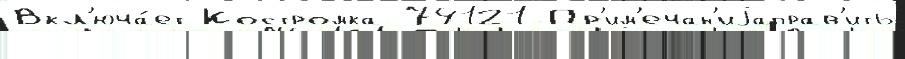
Вкл'юча́ет Костромка 74121 Пр'им'ечан'иjаправ'ить